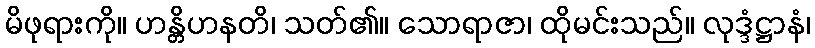
မိဖုရားကို။ ဟန္တိဟနတိ၊ သတ်၏။ သောရာဇာ၊ ထိုမင်းသည်။ လုဒ္ဒံဋ္ဌာနံ၊